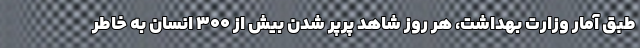
طبق آمار وزارت بهداشت، هر روز شاهد پرپر شدن بیش از 300 انسان به خاطر